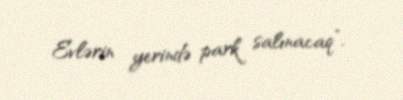
Evlərin yerində park salınacaq”.